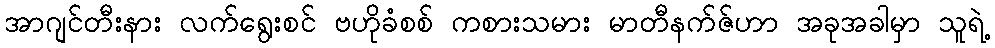
အာဂျင်တီးနား လက်ရွေးစင် ဗဟိုခံစစ် ကစားသမား မာတီနက်ဇ်ဟာ အခုအခါမှာ သူရဲ့